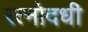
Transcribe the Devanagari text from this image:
रत्नोदधी